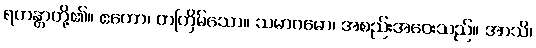
ရဟန္တာတို့၏။ ဧကော၊ တကြိမ်သော။ သမာဂမော၊ အစည်းအဝေးသည်။ အာသိ၊